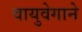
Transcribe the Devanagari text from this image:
वायुवेगाने